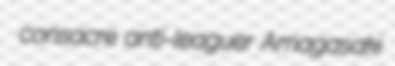
consacre anti-leaguer Amagasaki